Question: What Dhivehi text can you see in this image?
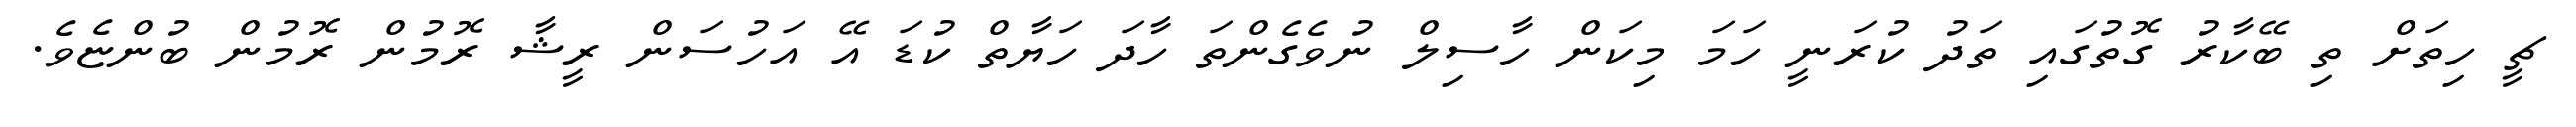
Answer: ޗީ ހިތަށް ތި ބޭކާރު ގޮތުގައި ތަދު ކުރަނީ ހަމަ މިކަން ހާސިލް ނުވެގެންތަ ހާދަ ހަޔާތް ކުޑަ އޭ އަހުސަން ރީޝާ ރޮމުން ރޮމުން ބުންޏެވެ.